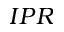
I P R